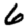
Digit: 6